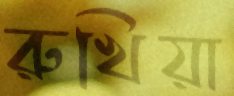
রুখিয়া